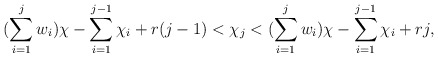
\begin{align*}(\sum\limits_{i=1}^j w_i)\chi - \sum\limits_{i=1}^{j-1}\chi_i + r(j-1) < \chi_j < (\sum\limits_{i=1}^j w_i)\chi - \sum\limits_{i=1}^{j-1}\chi_i + rj,\end{align*}